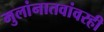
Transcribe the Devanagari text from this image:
मुलांनातवांवरही